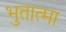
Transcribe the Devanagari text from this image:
भुतात्मा